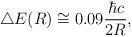
LaTeX: \begin{align*}\bigtriangleup E (R) \cong 0.09 {{\hbar}c \over 2R } ,\end{align*}